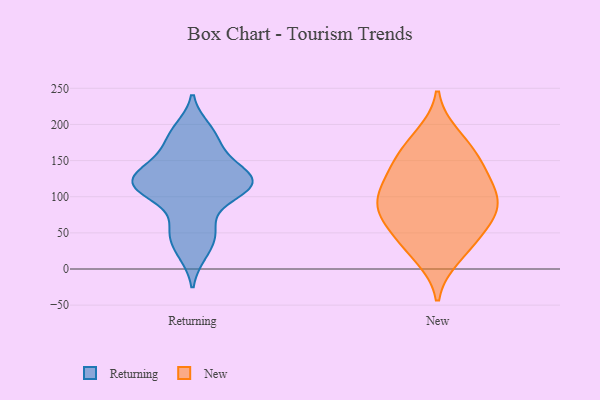
{"axis": {"x": "LTV (USD)", "y": "Value"}, "legend": ["New", "Returning"], "data": [{"x": "", "y": 52, "type": "Returning"}, {"x": "", "y": 50, "type": "Returning"}, {"x": "", "y": 128, "type": "Returning"}, {"x": "", "y": 194, "type": "Returning"}, {"x": "", "y": 129, "type": "Returning"}, {"x": "", "y": 143, "type": "Returning"}, {"x": "", "y": 110, "type": "Returning"}, {"x": "", "y": 116, "type": "Returning"}, {"x": "", "y": 93, "type": "Returning"}, {"x": "", "y": 162, "type": "Returning"}, {"x": "", "y": 21, "type": "Returning"}, {"x": "", "y": 116, "type": "Returning"}, {"x": "", "y": 118, "type": "Returning"}, {"x": "", "y": 182, "type": "Returning"}, {"x": "", "y": 63, "type": "New"}, {"x": "", "y": 88, "type": "New"}, {"x": "", "y": 113, "type": "New"}, {"x": "", "y": 130, "type": "New"}, {"x": "", "y": 184, "type": "New"}, {"x": "", "y": 18, "type": "New"}, {"x": "", "y": 44, "type": "New"}, {"x": "", "y": 76, "type": "New"}, {"x": "", "y": 147, "type": "New"}, {"x": "", "y": 31, "type": "New"}, {"x": "", "y": 148, "type": "New"}, {"x": "", "y": 88, "type": "New"}, {"x": "", "y": 171, "type": "New"}, {"x": "", "y": 107, "type": "New"}, {"x": "", "y": 85, "type": "New"}]}